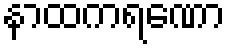
နာထကရဏော